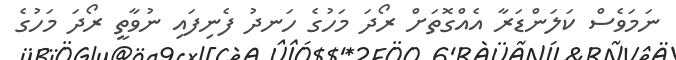
ނަމަވެސް ކަލަންޑަރާ އެއްގޮތަށް ރޯދަ މަހުގެ ހަނދު ފެނިފައި ނުވާތީ ރޯދަ މަހުގެ